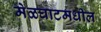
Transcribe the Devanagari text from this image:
मेळघाटमधील